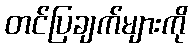
တင်ပြချက်များကို